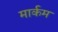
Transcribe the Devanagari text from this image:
मार्कम